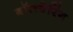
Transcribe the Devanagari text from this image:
बॉलबेरिंग